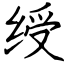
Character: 绶